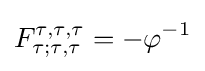
F_{\tau ;\tau ,\tau }^{\tau ,\tau ,\tau }=-\varphi ^{-1}